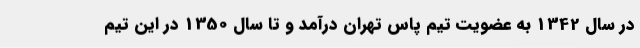
در سال 1342 به عضویت تیم پاس تهران درآمد و تا سال 1350 در این تیم